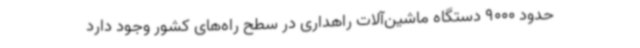
حدود 9000 دستگاه ماشین‌آلات راهداری در سطح راه‌های کشور وجود دارد